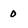
Character: 0